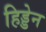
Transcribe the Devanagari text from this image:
हिड्डेन